Document type: Confirmation
Year: 1374
Scribe: Ramon Camat
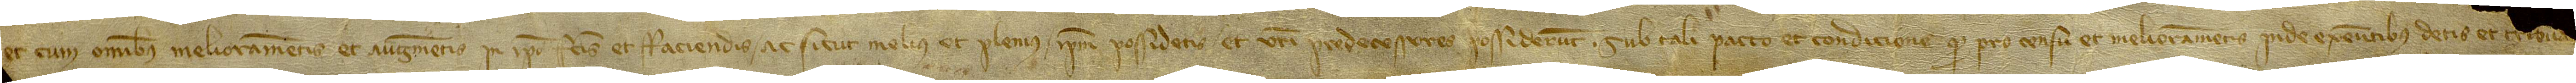
et cum omnibus melioramentis et augmentis in ipso factis et faciendis, ac sicut melius et plenius ipsum possidetis et vestri predecessores possiderunt. Sub tali pacto et condicione quod pro censu et melioramentis inde exeuntibus detis et tribua[tis]